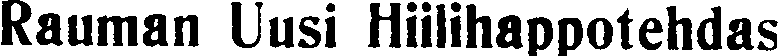
Rauman Uusi Hiilihappotehdas